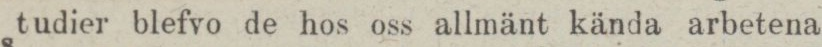
studier blefvo de hos oss allmänt kända arbetena